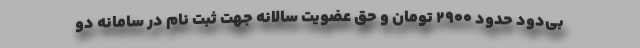
بی‌دود حدود 2900 تومان و حق عضویت سالانه جهت ثبت نام در سامانه دو